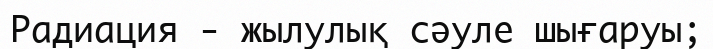
Радиация - жылулық сәуле шығаруы;